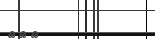
١١٩